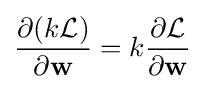
{\frac {\partial (k{\mathcal {L}})}{\partial \mathbf {w} }}=k{\frac {\partial {\mathcal {L}}}{\partial \mathbf {w} }}